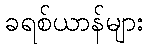
ခရစ်ယာန်များ